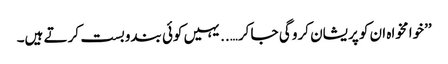
’’خوا مخواہ ان کو پریشان کرو گی جا کر…..یہیں کوئی بندوبست کرتے ہیں۔